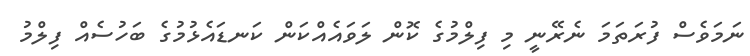
ނަމަވެސް ފުރަތަމަ ނެރޭނީ މި ފިލްމުގެ ކޮން ލަވައެއްކަން ކަނޑައެޅުމުގެ ބަހުސެއް ފިލްމު